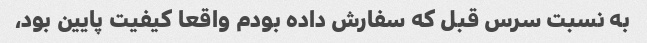
به نسبت سرس قبل که سفارش داده بودم واقعا کیفیت پایین بود،